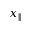
x _ { \parallel }